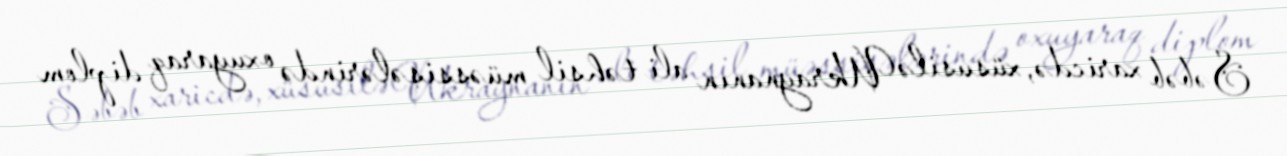
Səbəb xaricdə, xüsusilə Ukraynanın ali təhsil müəssisələrində oxuyaraq diplom